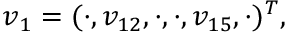
\boldsymbol { v } _ { 1 } = ( \cdot , v _ { 1 2 } , \cdot , \cdot , v _ { 1 5 } , \cdot ) ^ { T } ,